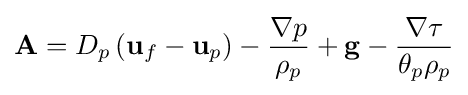
\mathbf {A} =D_{p}\left(\mathbf {u} _{f}-\mathbf {u} _{p}\right)-{\frac {\nabla p}{\rho _{p}}}+\mathbf {g} -{\frac {\nabla \tau }{\theta _{p}\rho _{p}}}